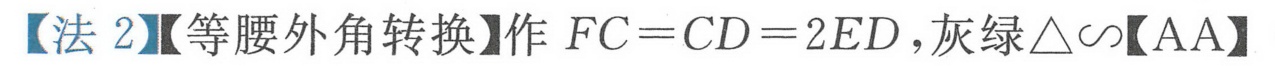
【法 2】【等腰外角转换】作 \(FC = CD = 2ED\)，灰绿\(\triangle\sim\)【AA】